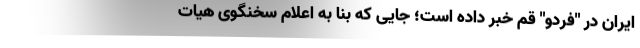
ایران در "فردو" قم خبر داده است؛ جایی که بنا به اعلام سخنگوی هیات